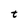
Character: t